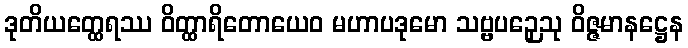
ဒုတိယတ္ထေရဿ ဝိတ္ထာရိတောယေဝ မဟာပဒုမော သဗ္ဗပဉှေသု ဝိဇ္ဇမာနဋ္ဌေန